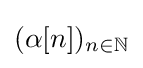
(\alpha [n])_{n\in \mathbb {N} }